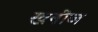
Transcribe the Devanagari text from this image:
खनीज